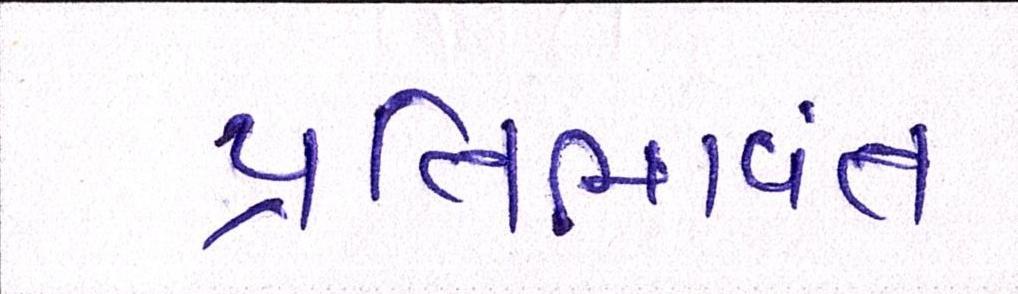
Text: પ્રતિભાવંત